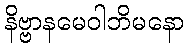
နိဗ္ဗာနမေဝါဘိမနော